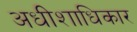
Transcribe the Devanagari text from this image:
अधीशाधिकार